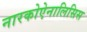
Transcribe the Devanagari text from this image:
नारकोऐनालिसिस